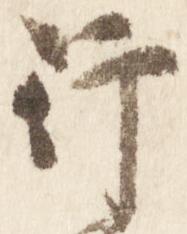
行